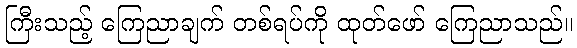
ကြီးသည့် ကြေညာချက် တစ်ရပ်ကို ထုတ်ဖော် ကြေညာသည်။